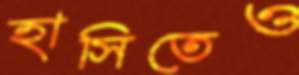
হাসিতেও